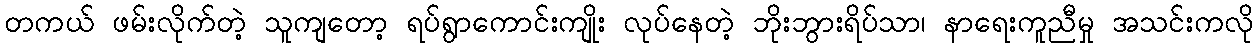
တကယ် ဖမ်းလိုက်တဲ့ သူကျတော့ ရပ်ရွာကောင်းကျိုး လုပ်နေတဲ့ ဘိုးဘွားရိပ်သာ၊ နာရေးကူညီမှု အသင်းကလို